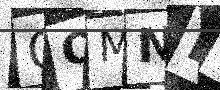
Text: GQMNE1